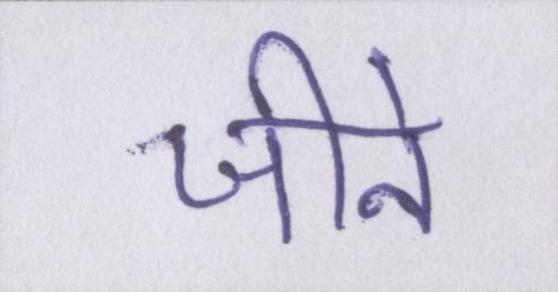
जीने